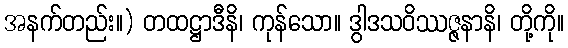
အနက်တည်း။) တထဋ္ဌာဒီနိ၊ ကုန်သော။ ဒွါဒသဝိဿဇ္ဇနာနိ၊ တို့ကို။